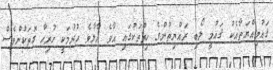
ޤައުމިއްޔަތާއެކު ޤައުމީ ލޯބި ރައްޔިތުންގެ ހިތްތަކުގައި އާވެ އާލާވެ ހުރުމަކީ ހުރިހާ ގޮތަކުންވެސް